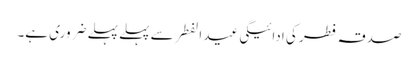
صدقہ فطر کی ادائیگی عید الفطر سے پہلے پہلے ضروری ہے۔